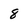
Character: 8